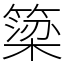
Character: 簗